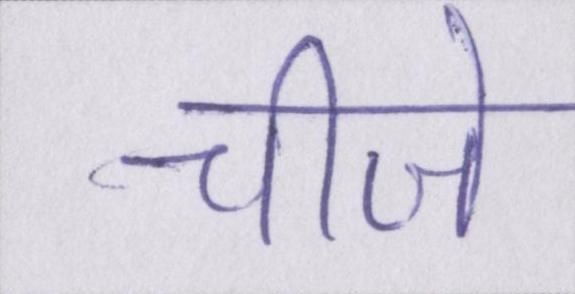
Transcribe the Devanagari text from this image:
चीजे